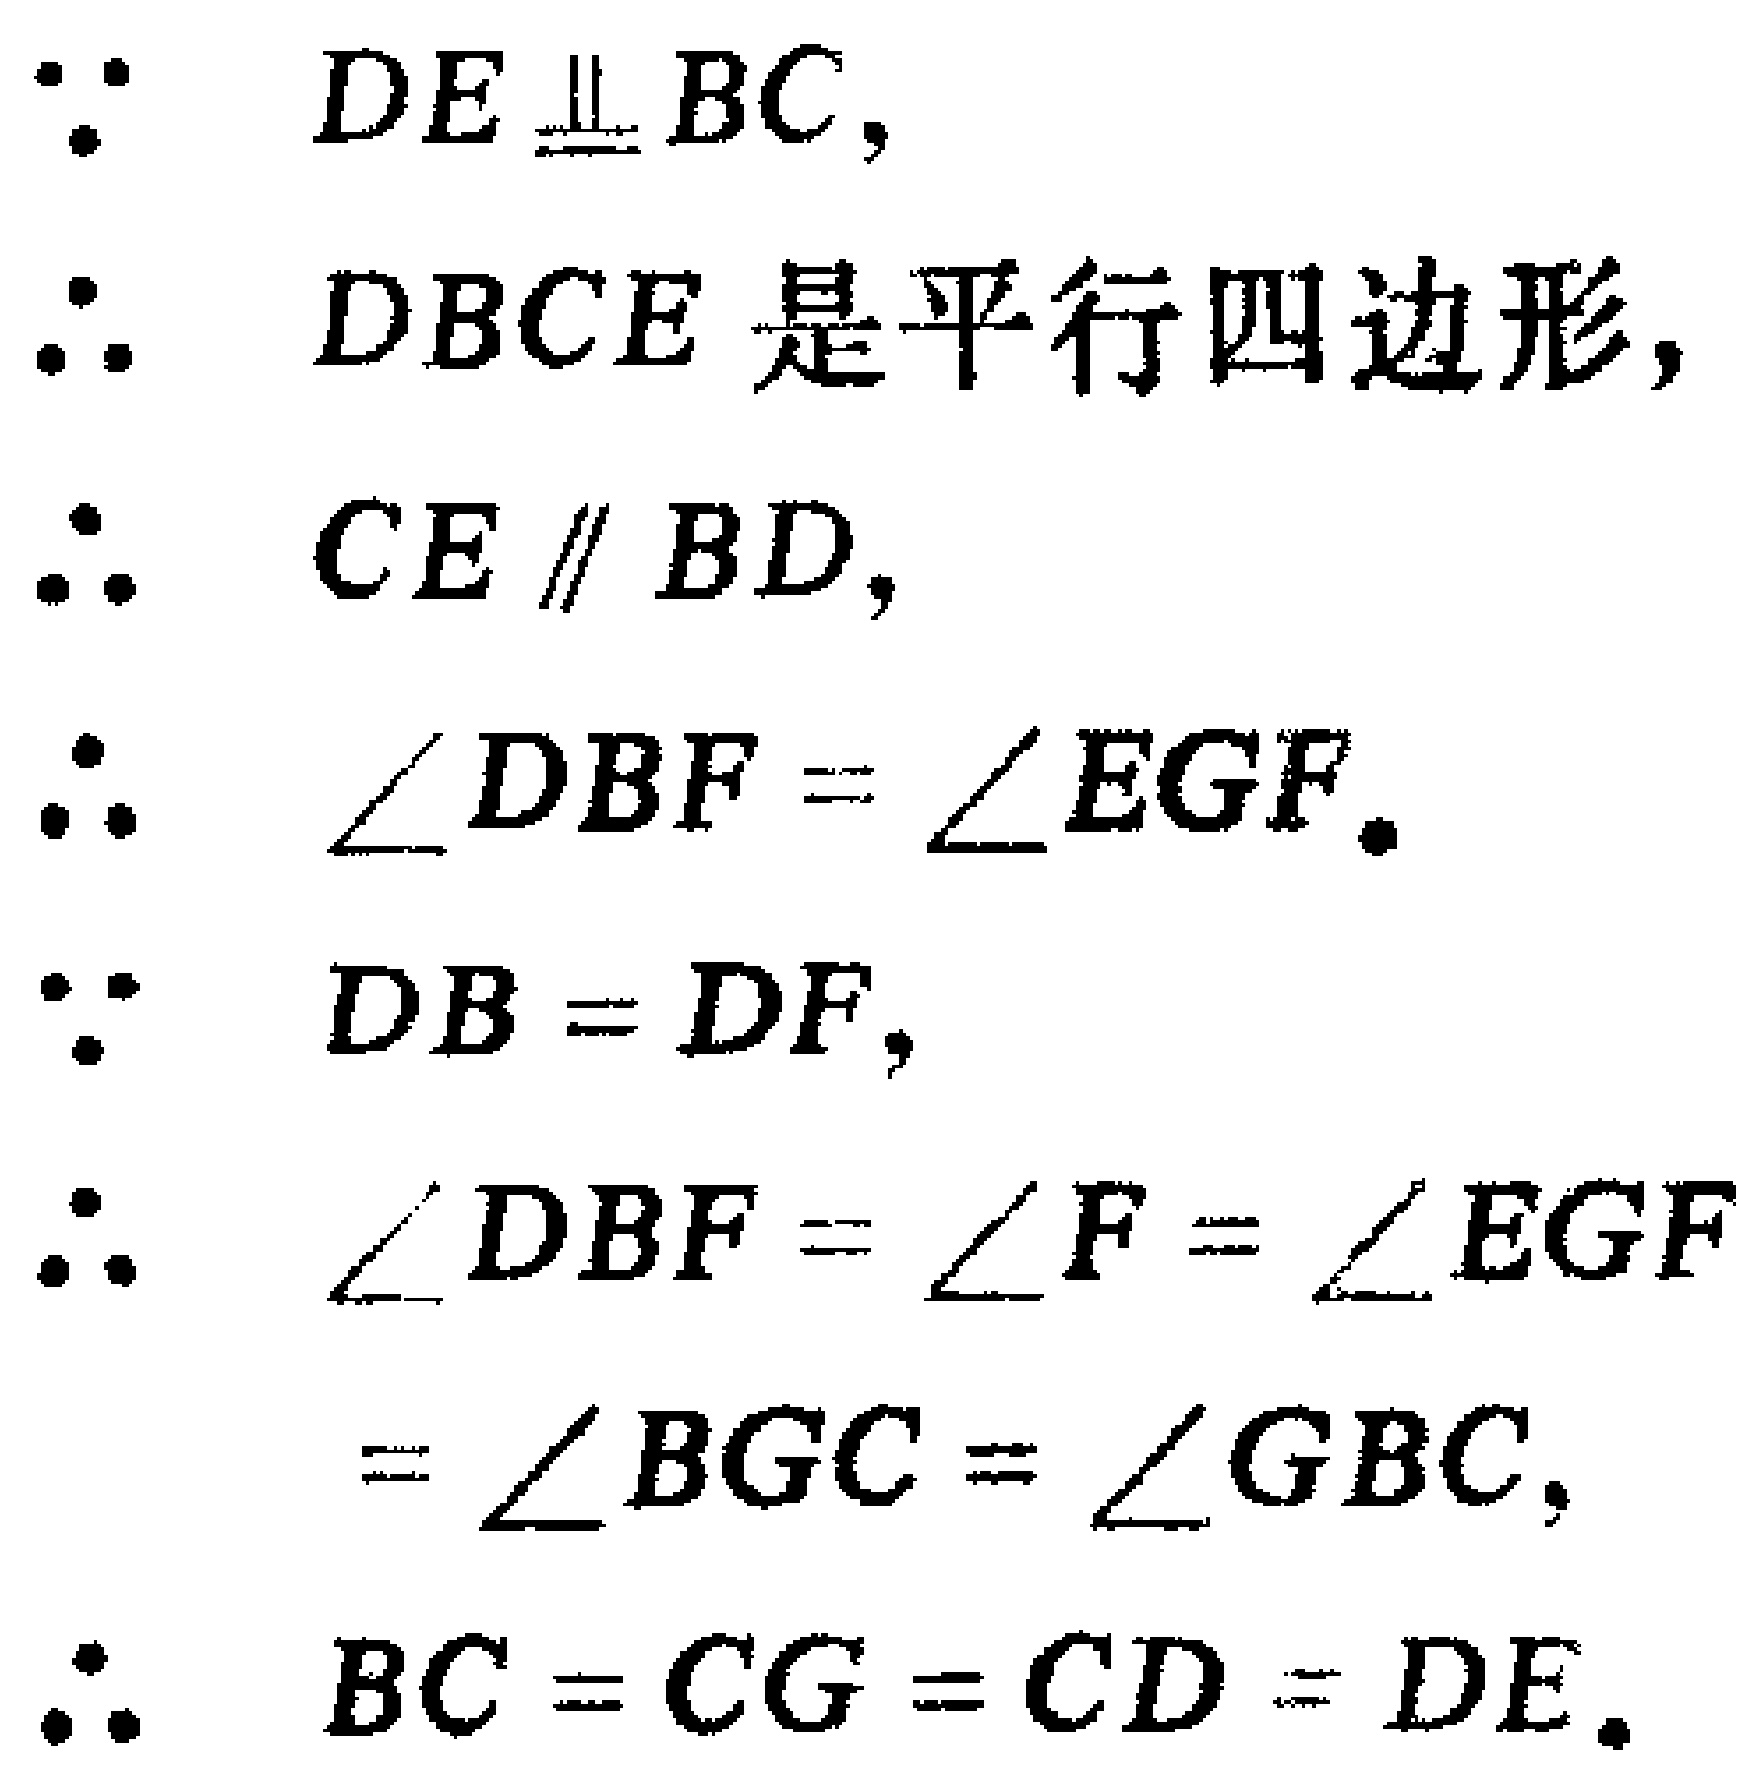
\begin{align*}

\because& DE\parallel BC,\\

\therefore& DBCE\text{ 是平行四边形},\\

\therefore& CE\parallel BD,\\

\therefore& \angle DBF = \angle EGF.\\

\because& DB = DF,\\

\therefore& \angle DBF = \angle F = \angle EGF\\

&=\angle BGC=\angle GBC,\\

\therefore& BC = CG = CD = DE.

\end{align*}